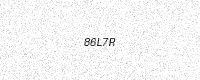
Text: 86L7R